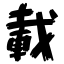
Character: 載